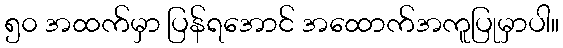
၅၀ အထက်မှာ ပြန်ရအောင် အထောက်အကူပြုမှာပါ။